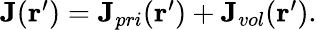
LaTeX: \begin{array}{r}{\mathbf{J}(\mathbf{r}^{\prime})=\mathbf{J}_{pri}(\mathbf{r}^{\prime})+\mathbf{J}_{vol}(\mathbf{r}^{\prime}).}\end{array}